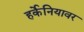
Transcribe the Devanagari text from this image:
हर्केनियावर